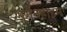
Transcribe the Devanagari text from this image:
गुगेनहाइम